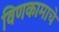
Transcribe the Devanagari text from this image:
विणकामाचे